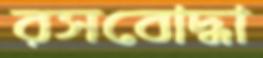
রসবোদ্ধা